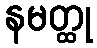
နမတ္ထု